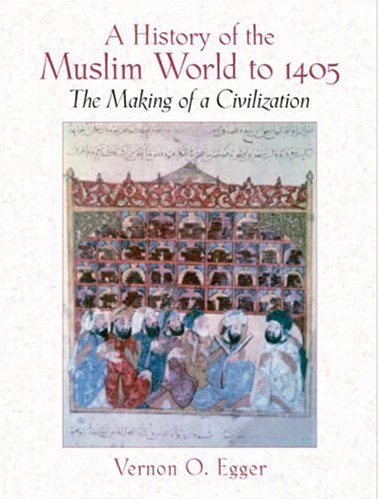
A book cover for A History of the Muslim World to 1405: The Making of a Civilization; Vernon O. Egger Ph.D.; Religion & Spirituality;